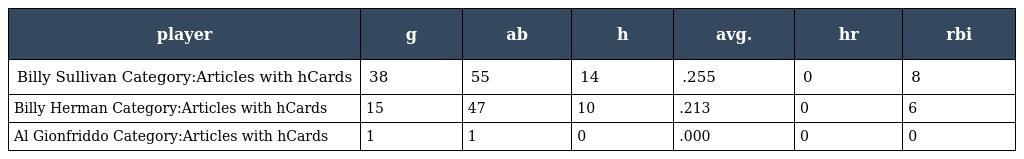
| player | g | ab | h | avg. | hr | rbi |
 | --- | --- | --- | --- | --- | --- | --- |
 | Billy Sullivan Category:Articles with hCards | 38 | 55 | 14 | .255 | 0 | 8 |
 | Billy Herman Category:Articles with hCards | 15 | 47 | 10 | .213 | 0 | 6 |
 | Al Gionfriddo Category:Articles with hCards | 1 | 1 | 0 | .000 | 0 | 0 |